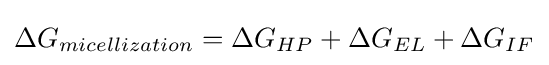
\Delta G_{micellization}=\Delta G_{HP}+\Delta G_{EL}+\Delta G_{IF}